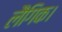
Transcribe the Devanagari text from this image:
लैंगिक।